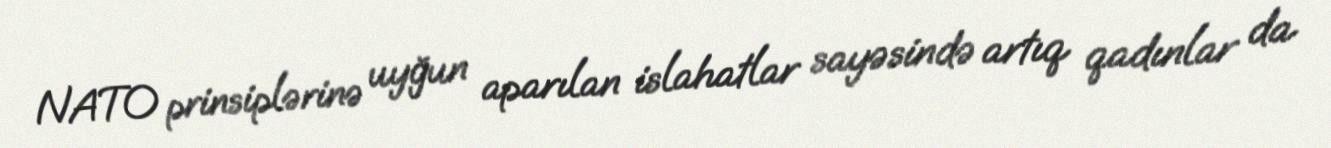
NATO prinsiplərinə uyğun aparılan islahatlar sayəsində artıq qadınlar da